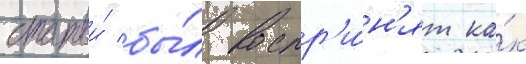
статьи́ бы́л воспр'и́н'ят ка́к